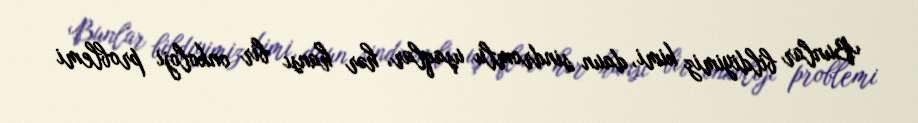
Bunlar bildiyimiz kimi, daun sindromlu uşaqlar, hər hansı bir onkoloji problemi